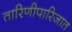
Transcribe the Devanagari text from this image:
तारिणीपारिजात